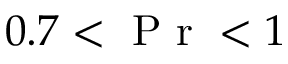
0 . 7 < \mathrm { ~ P ~ r ~ } < 1